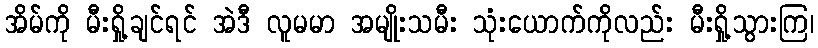
အိမ်ကို မီးရှို့ချင်ရင် အဲဒီ လူမမာ အမျိုးသမီး သုံးယောက်ကိုလည်း မီးရှို့သွားကြ၊